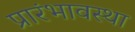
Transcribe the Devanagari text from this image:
प्रारंभावस्था